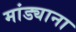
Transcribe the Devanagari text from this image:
मांड्याना